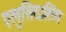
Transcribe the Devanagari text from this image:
एलुसिदातिंग